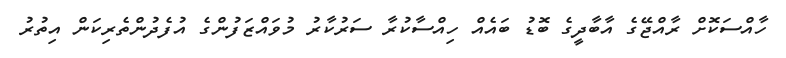
ހާއްސަކޮށް ރާއްޖޭގެ އާބާދީގެ ބޮޑު ބައެއް ހިއްސާކުރާ ސަރުކާރު މުވައްޒަފުންގެ އުފެދުންތެރިކަން އިތުރު